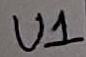
Text: U1